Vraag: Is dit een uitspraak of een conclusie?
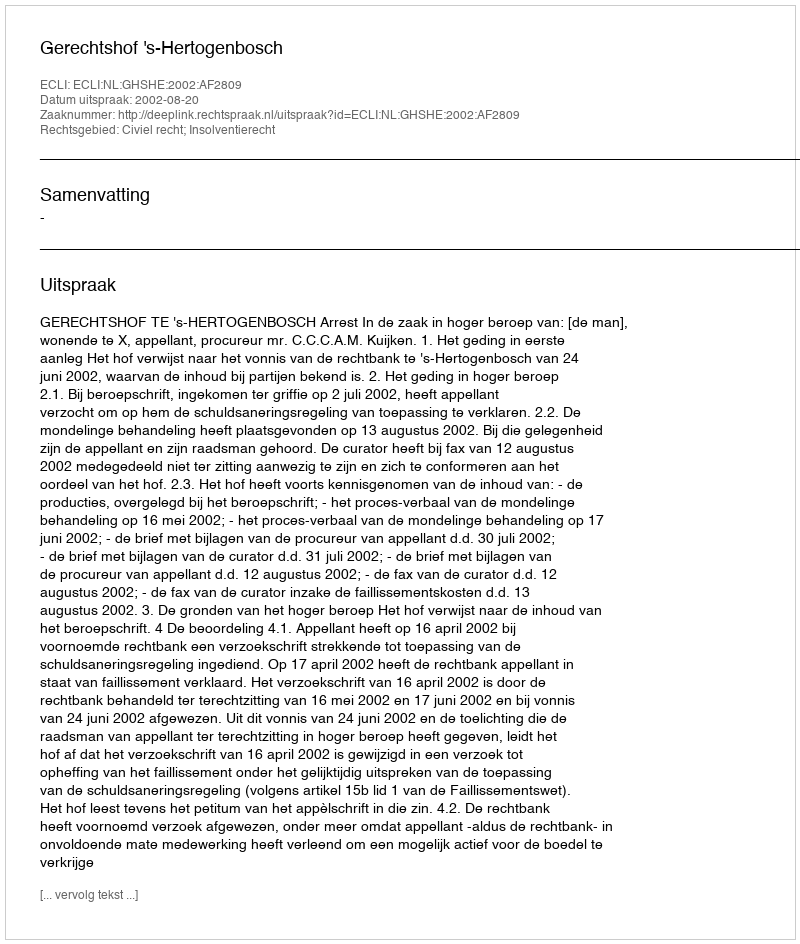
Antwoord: Uitspraak